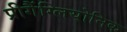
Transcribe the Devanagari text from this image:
प्रीगैंग्लियोनिक